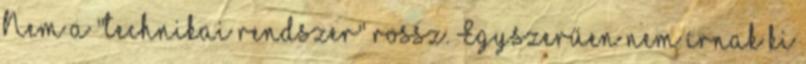
Nem a "technikai rendszer" rossz. Egyszerűen nem írnak ki